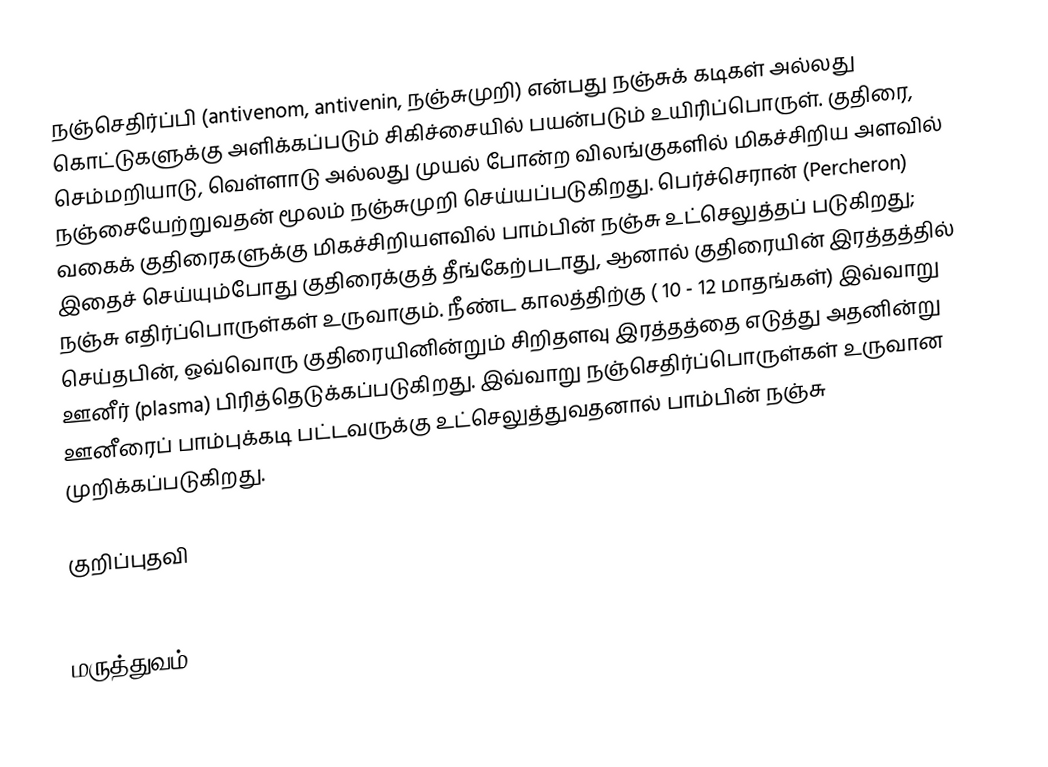
நஞ்செதிர்ப்பி (antivenom, antivenin, நஞ்சுமுறி) என்பது நஞ்சுக் கடிகள் அல்லது கொட்டுகளுக்கு அளிக்கப்படும் சிகிச்சையில் பயன்படும் உயிரிப்பொருள். குதிரை, செம்மறியாடு, வெள்ளாடு அல்லது முயல் போன்ற விலங்குகளில் மிகச்சிறிய அளவில் நஞ்சையேற்றுவதன் மூலம் நஞ்சுமுறி செய்யப்படுகிறது. பெர்ச்செரான் (Percheron) வகைக் குதிரைகளுக்கு மிகச்சிறியளவில் பாம்பின் நஞ்சு உட்செலுத்தப் படுகிறது; இதைச் செய்யும்போது குதிரைக்குத் தீங்கேற்படாது, ஆனால் குதிரையின் இரத்தத்தில் நஞ்சு எதிர்ப்பொருள்கள் உருவாகும். நீண்ட காலத்திற்கு ( 10 - 12 மாதங்கள்) இவ்வாறு செய்தபின், ஒவ்வொரு குதிரையினின்றும் சிறிதளவு இரத்தத்தை எடுத்து அதனின்று ஊனீர் (plasma) பிரித்தெடுக்கப்படுகிறது. இவ்வாறு நஞ்செதிர்ப்பொருள்கள் உருவான ஊனீரைப் பாம்புக்கடி பட்டவருக்கு உட்செலுத்துவதனால் பாம்பின் நஞ்சு முறிக்கப்படுகிறது.

குறிப்புதவி
 reptilepark

மருத்துவம்